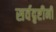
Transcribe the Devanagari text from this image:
सर्वदृष्टीनी